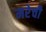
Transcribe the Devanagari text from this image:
मरेची